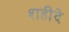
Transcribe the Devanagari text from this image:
शहीदे